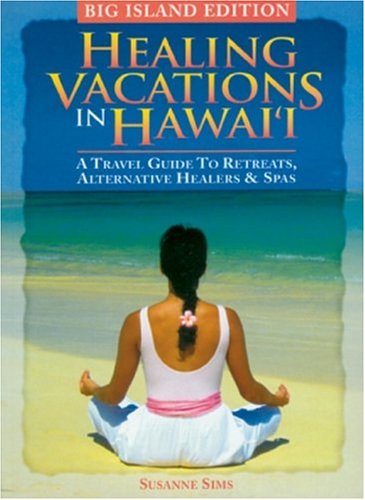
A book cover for Healing Vacations in Hawaii: A Travel Guide to Retreats, Alternative Healers and Spas (Big Island Edition); Susanne Sims; Travel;